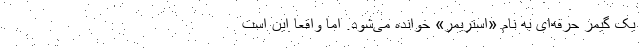
یک گیمر حرفه‌ای به نام «استریمر» خوانده می‌شود. اما واقعا این است